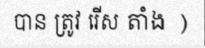
បាន ត្រូវ រើស តាំង )